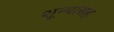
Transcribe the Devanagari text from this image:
शून्यासह